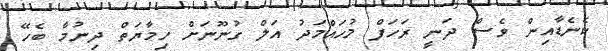
ކެނެޑާއިން ވެސް ދަނީ ރަހަފް މުހައްމަދު އަލް ގުނޫނަށް ހިމާޔަތް ދިނުމާ ބެހޭ